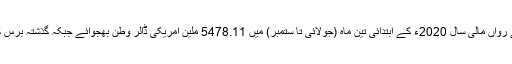
تفصیلات کے مطابق بیرون ملک مقیم پاکستانی کارکنوں نے رواں مالی سال 2020ء کے ابتدائی تین ماہ (جولائی تا ستمبر) میں 5478.11 ملین امریکی ڈالر وطن بھجوائے جبکہ گذشتہ برس کی اسی مدت میں 5557.61 ملین ڈالر موصول ہوئے تھے۔